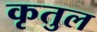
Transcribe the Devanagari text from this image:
कृतुल